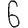
Digit: 6